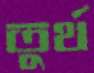
তুর্থ